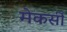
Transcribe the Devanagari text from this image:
मेकर्सी